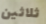
ثلاثين